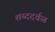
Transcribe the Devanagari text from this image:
शब्ददर्वळ